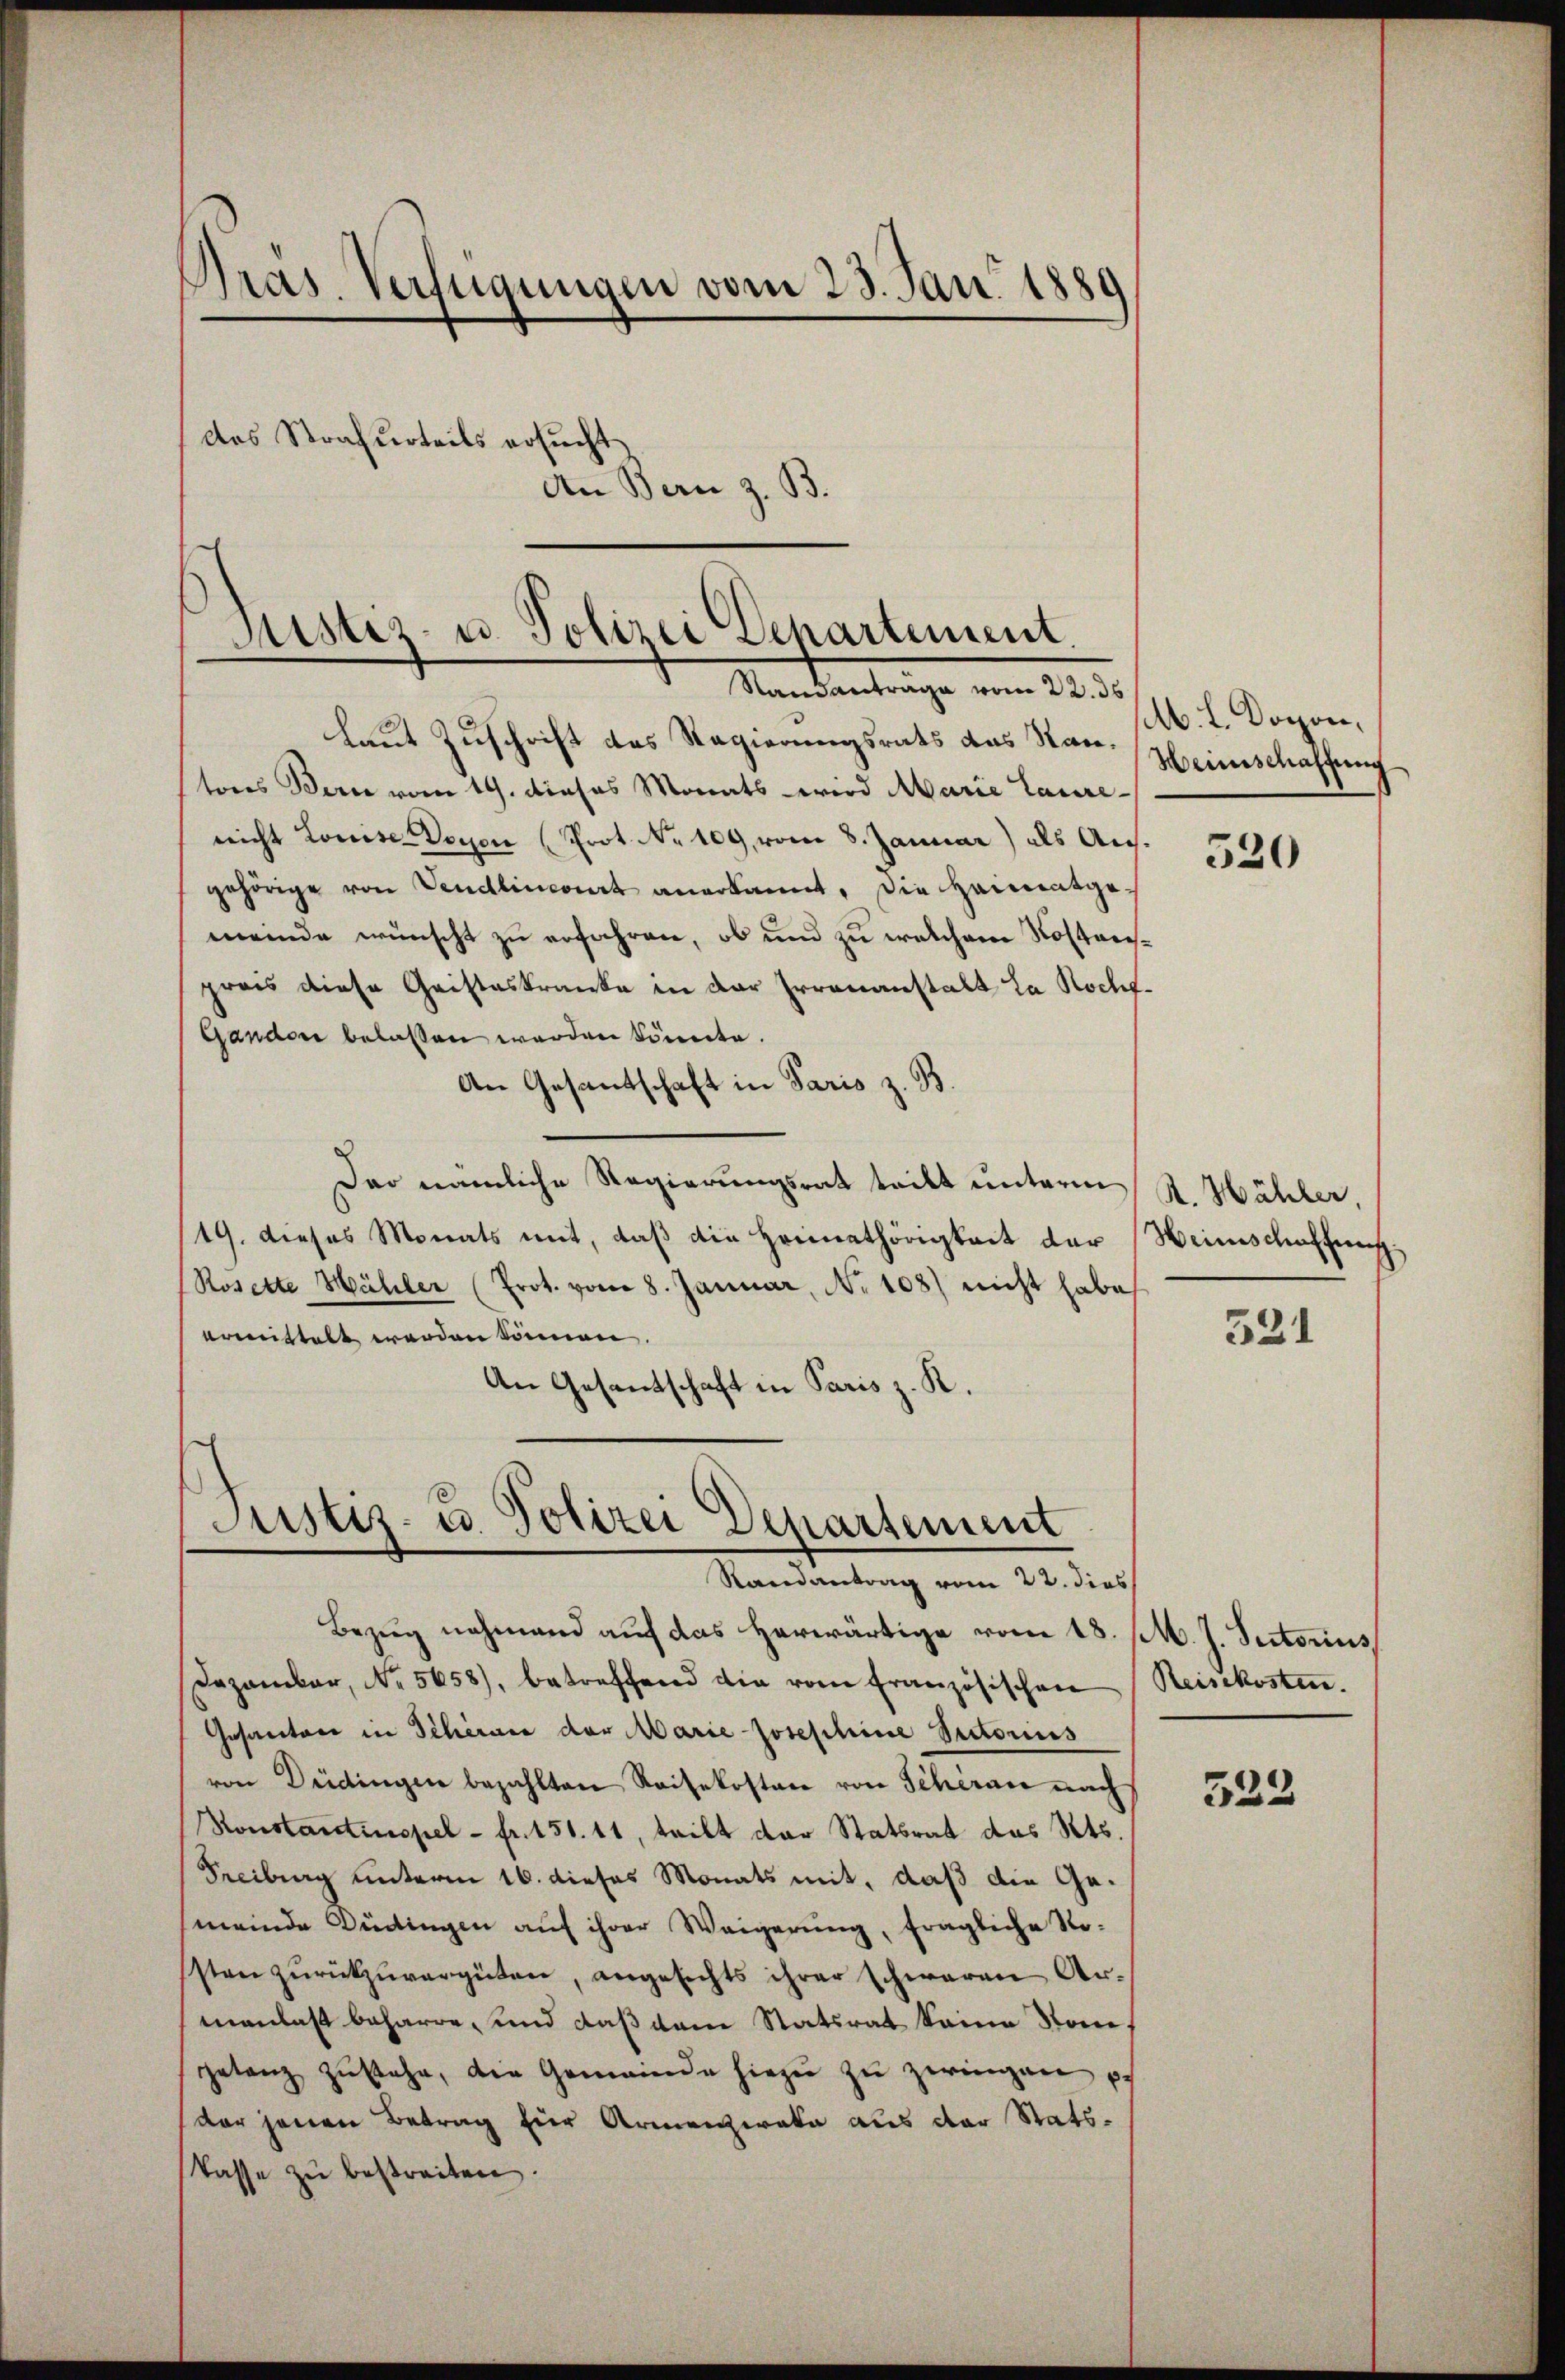
Gras Verfügungen vom 23. Jan. 1889
das Strafurteils ersucht
An Bern z. B.

Justiz- u. Polizei Departement
Standantrage vom 22. ds
laut Zuschrift des Regierungsrats das Stan. (Weinschaffung

Justiz- u. Polizei Departement
Randantrag vom 22. dies

tores Bern vom 19. dieses Monats wird Marie Laurenicht Louise Doyen (Prot. No 109, vom 8. Januar) als Ausgehörige von Vendlincourt anerkannt, die Heimatgemeinde wünscht zu erfahren, ob und zu welchem Rostreipreis diese Geisteskranke in der Irrenanstalt La Rocht.
Gandon belassen werden könnte.
An Gesantschaft in Paris z. B.
Der nämliche Regierungsrat tritt unterm St. Hähler,
19. dieses Monats mit, daβ die Heimathörigkeit der Heimschaffung
(Rosette Mühler (Prot. vom 8. Januar, No 108) nicht habe
ermittelt werden können.
An Gesandschaft in Paris z. R.

Bezug nehmend auf das herwärtige vom 18. /M. J. Sectorius
Dezember, No. 5658), betreffend die von Französischen Reisekosten.
Gesantone in Scherung der Marie Josephine Rectorius
von Düdingen bezahlten Reisekosten von Scheran nach
Konstantinopel - fr. 151. 11, tritt der Statsrat des Kts.
Freiburg unterm 16. dieses Monats mit, daß die Ge¬
(meinde Düdingen aŭf ihrer Weigerŭng, fragliche Ro-
sten zŭrückzŭvergüten, angesichts ihrer schweren Ar-
manlaß beharre, und daß dem Statsrat keine Nom
getanz zŭstehe, die Gemeinde hiezu zu zwingen pf
der jenen Betrag für Armengerate aus der Statskasse zu bestreiten.

M. L. Doron,

520

521

522